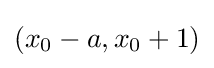
\left(x_{0}-a,x_{0}+1\right)